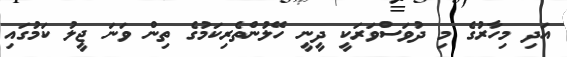
އަދި މިހާރުގެ މި ދުވަސްވަރަކީ ދީނީ ހޭލުންތެރިކަމުގެ ތިން ވަނަ ޖީލު ކަމުގައި